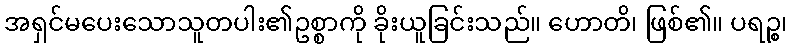
အရှင်မပေးသောသူတပါး၏ဥစ္စာကို ခိုးယူခြင်းသည်။ ဟောတိ၊ ဖြစ်၏။ ပရဉ္စ၊